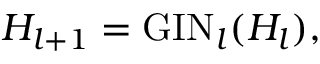
H _ { l + 1 } = \mathrm { G I N } _ { l } ( H _ { l } ) ,